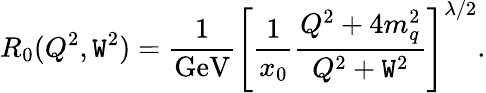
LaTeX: R_{0}(Q^{2},\mathtt{W}^{2})=\frac{{1}}{{\mathrm{{{GeV}}}}}\left[\frac{{1}}{{x_{0}}}\frac{{Q^{2}+4m_{q}^{2}}}{{Q^{2}+\mathtt{W}^{2}}}\right]^{\lambda/2}.